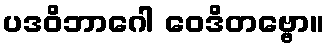
ပဒဝိဘာဂေါ ဝေဒိတဗ္ဗော။